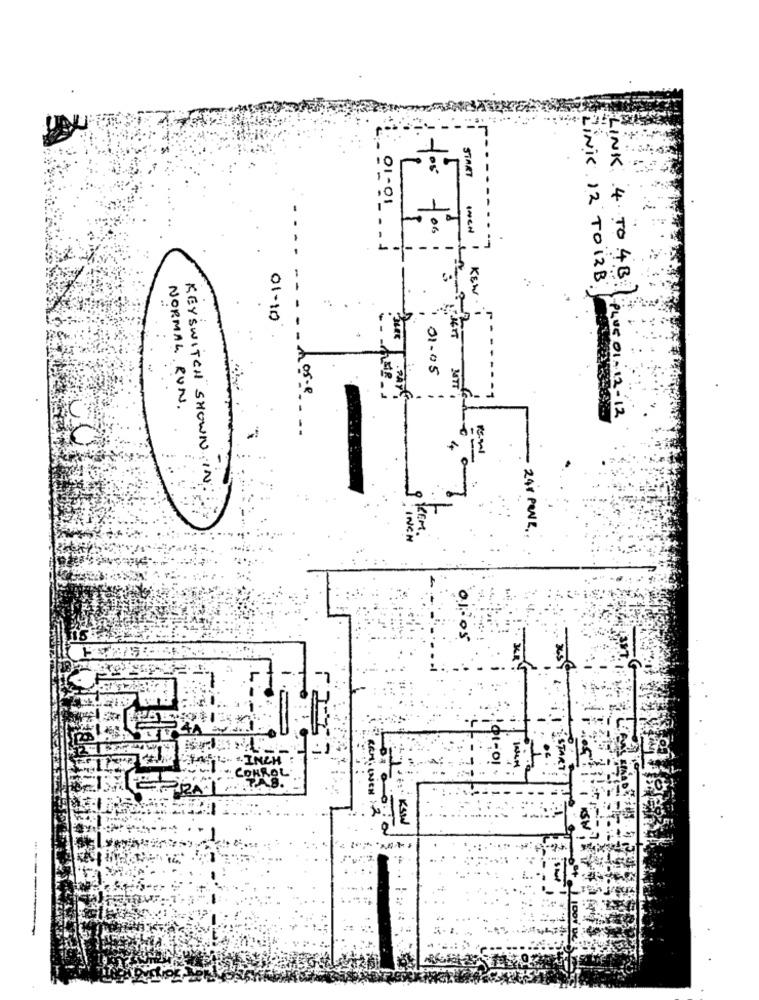
---
START
---..
INCH
01-01
LINK 12 TO 12B
KEW
LINK 4 TO 4B.
01-10
01-05
hose
NORMAL RUN.
PLUS 01 - 12 - 12
KEYSWITCH SHOWN IN
KREM
24Y PENE ..
INCH
01:05
101-0!